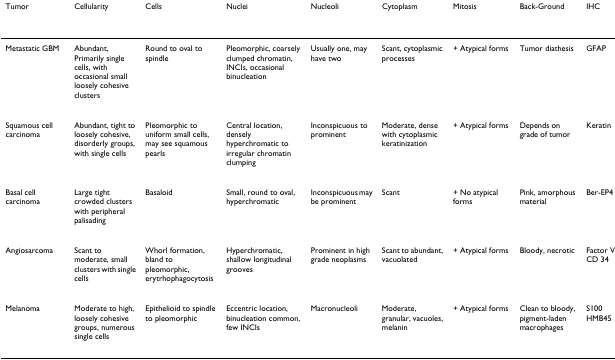
| Tumor | Cellularity | Cells | Nuclei | Nucleoli | Cytoplasm | Mitosis | Back-Ground | IHC |
 | --- | --- | --- | --- | --- | --- | --- | --- | --- |
 | Metastatic GBM | Abundant, Primarily single cells, with occasional small loosely cohesive clusters | Round to oval to spindle | Pleomorphic, coarsely clumped chromatin, INCIs, occasional binucleation | Usually one, may have two | Scant, cytoplasmic processes | + Atypical forms | Tumor diathesis | GFAP |
 | Squamous cell carcinoma | Abundant, tight to loosely cohesive, disorderly groups, with single cells | Pleomorphic to uniform small cells, may see squamous pearls | Central location, densely hyperchromatic to irregular chromatin clumping | Inconspicuous to prominent | Moderate, dense with cytoplasmic keratinization | + Atypical forms | Depends on grade of tumor | Keratin |
 | Basal cell carcinoma | Large tight crowded clusters with peripheral palisading | Basaloid | Small, round to oval, hyperchromatic | Inconspicuous may be prominent | Scant | + No atypical forms | Pink, amorphous material | Ber-EP4 |
 | Angiosarcoma | Scant to moderate, small clusters with single cells | Whorl formation, bland to pleomorphic, erytrhophagocytosis | Hyperchromatic, shallow longitudinal grooves | Prominent in high grade neoplasms | Scant to abundant, vacuolated | + Atypical forms | Bloody, necrotic | Factor VIII, CD 31CD 34 |
 | Melanoma | Moderate to high, loosely cohesive groups, numerous single cells | Epithelioid to spindle to pleomorphic | Eccentric location, binucleation common, few INCIs | Macronucleoli | Moderate, granular, vacuoles, melanin | + Atypical forms | Clean to bloody, pigment-laden macrophages | S100HMB45 |